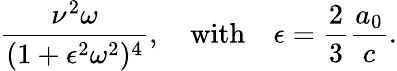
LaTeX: \frac{\nu^{2}\omega}{(1+\epsilon^{2}\omega^{2})^{4}},\quad\textrm{with}\quad\epsilon=\frac{2}{3}\frac{a_{0}}{c}.